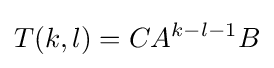
T(k,l)=CA^{k-l-1}B